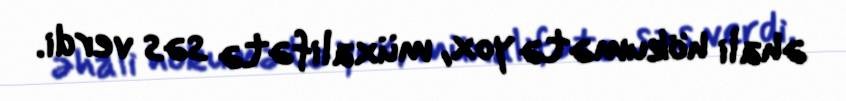
əhali hökumətə yox, müxalifətə səs verdi.